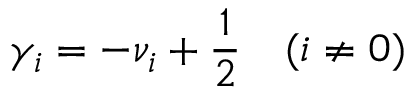
\gamma _ { i } = - \nu _ { i } + \frac 1 2 \quad ( i \not = 0 )